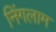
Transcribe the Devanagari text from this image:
निंगलाम